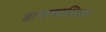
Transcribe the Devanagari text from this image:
वाचल्याशिवाय